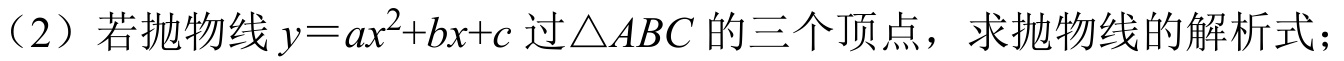
（2）若抛物线\(y = ax^{2}+bx + c\) 过\(\triangle ABC\) 的三个顶点，求抛物线的解析式；